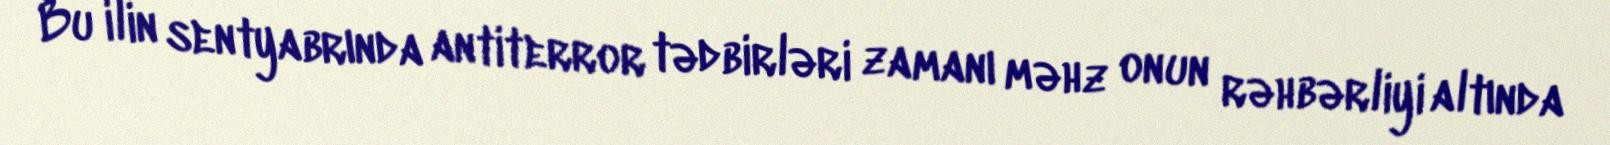
Bu ilin sentyabrında antiterror tədbirləri zamanı məhz onun rəhbərliyi altında